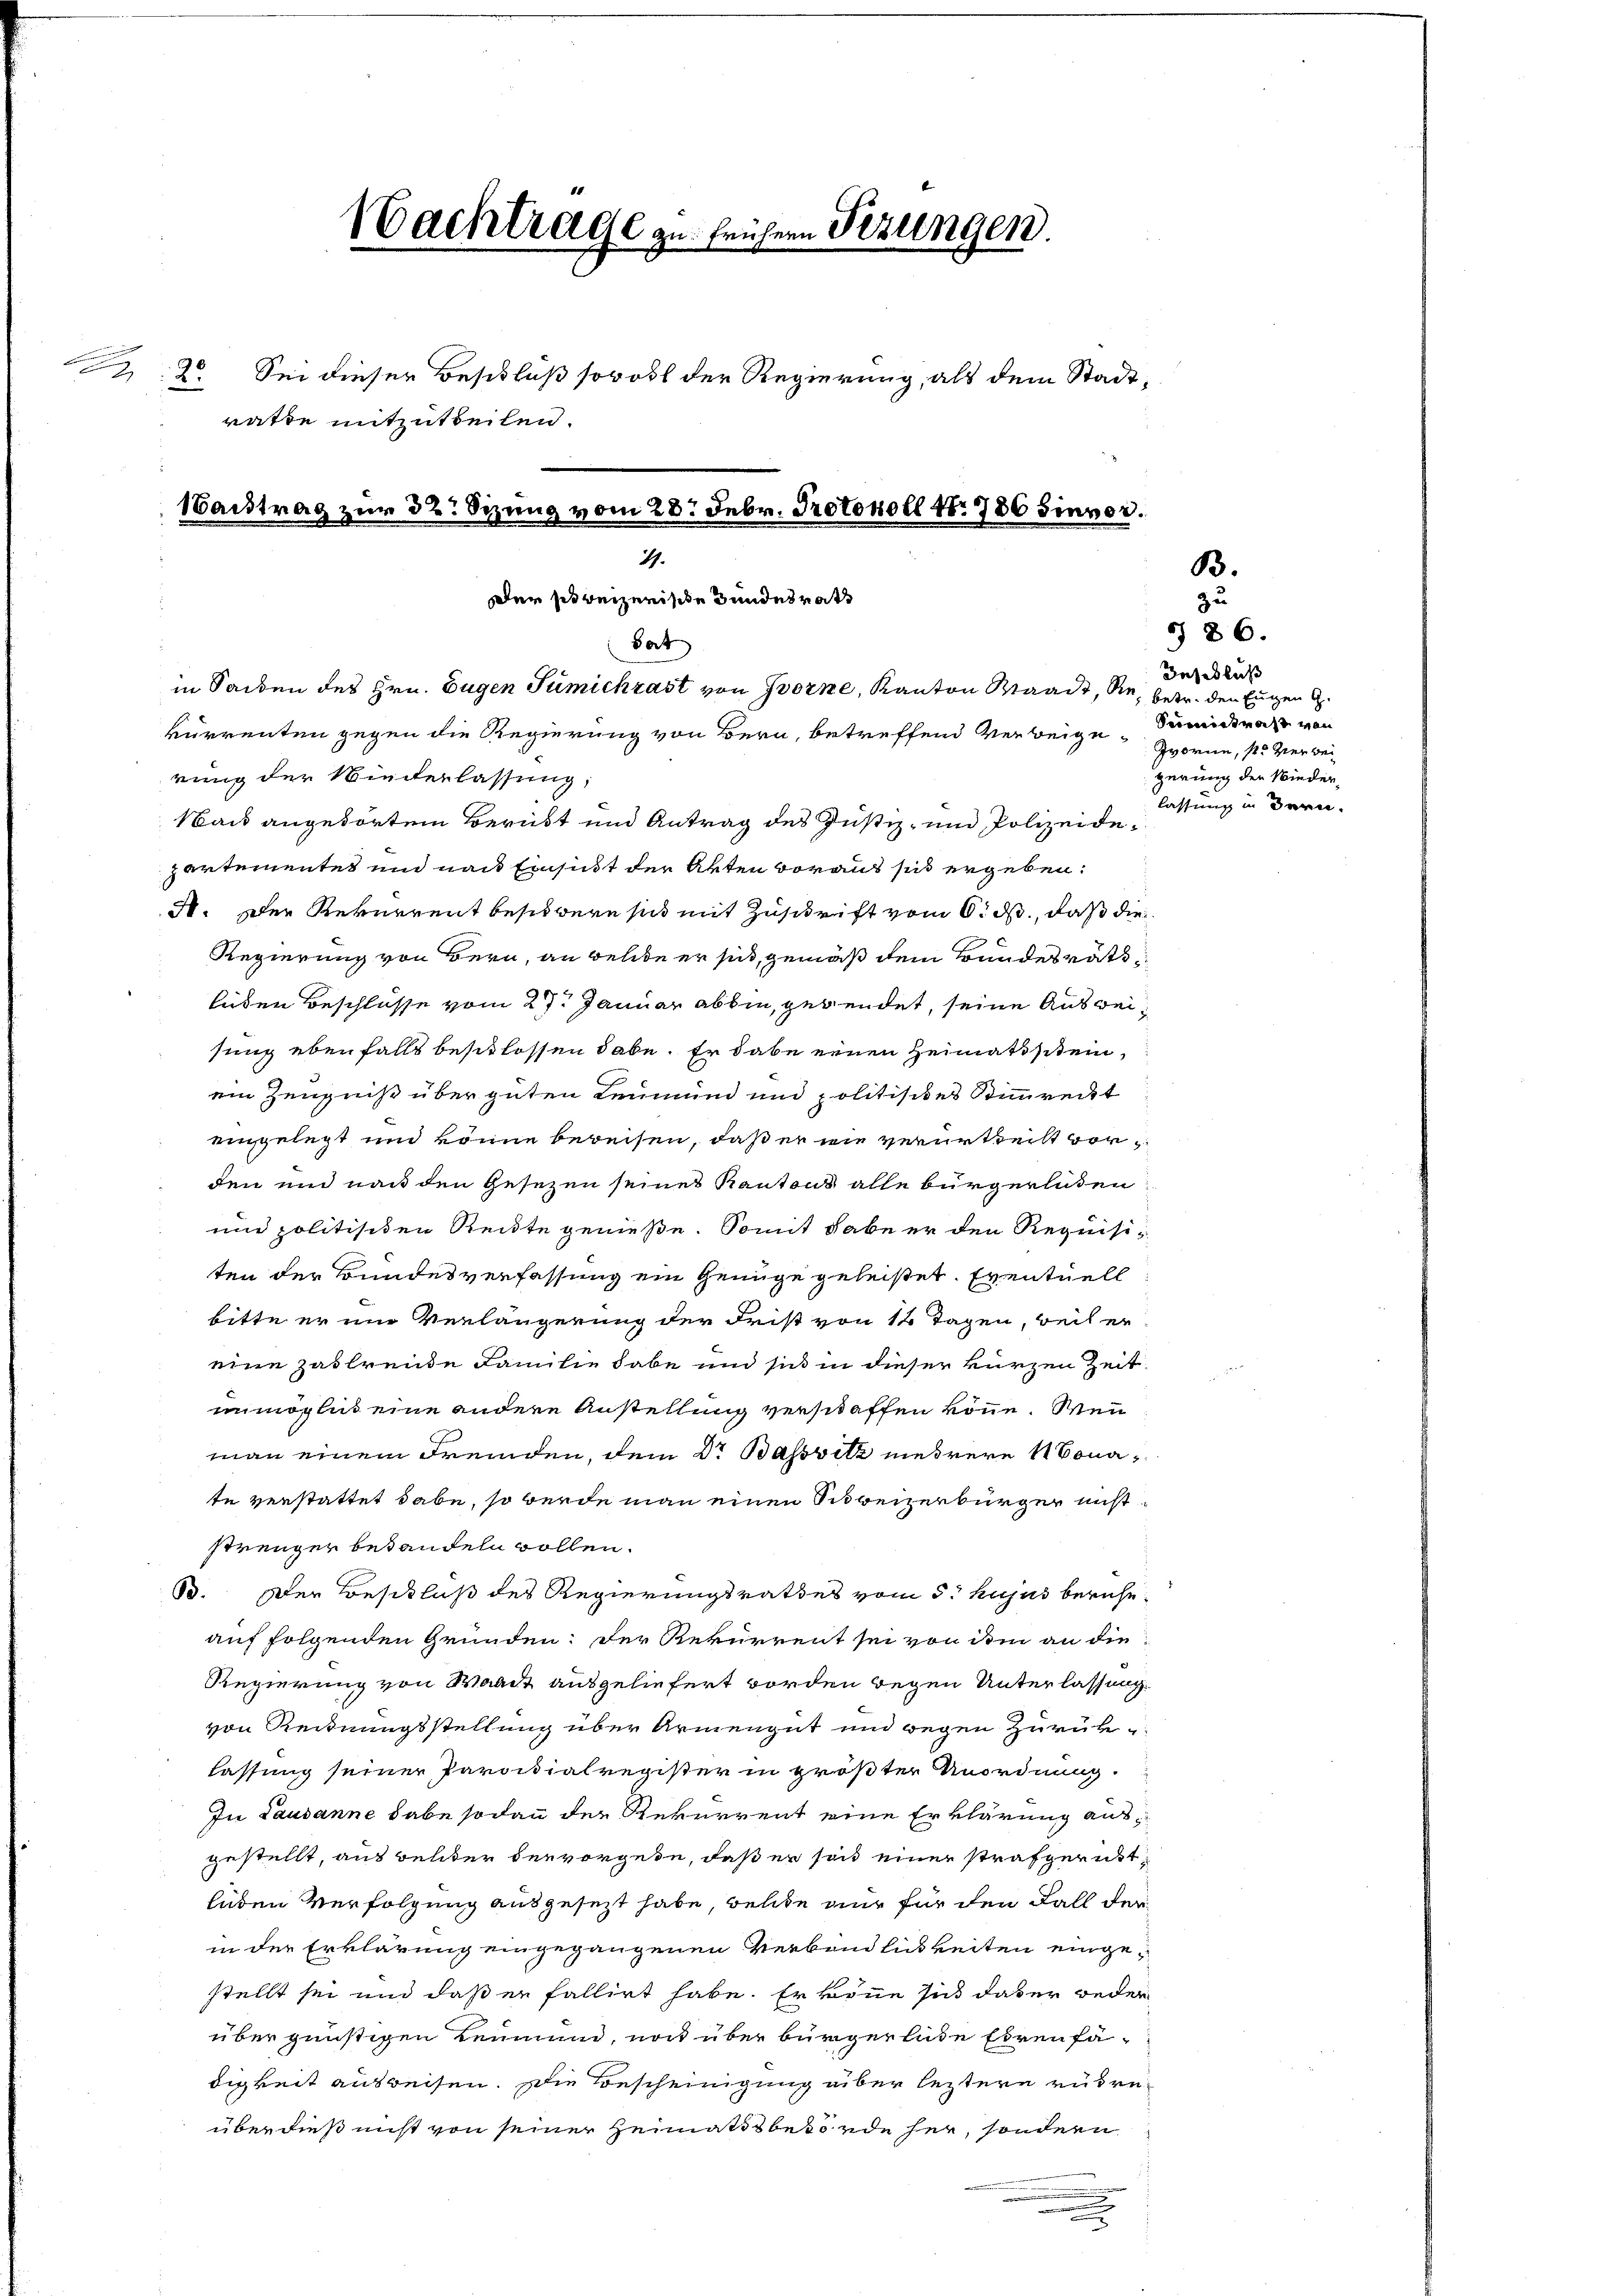
Nachtrage zu frühern Pizungen.
: 2. Sei dieser Beschluß sowohl der Regierung, als dem Stadtrathe mitzutheilen.
1antrag zur 32. Sizung vom 28. Febr. Protokoll No 786 Sinner.
49.
Der so reizerische Bundesrath
Sat
in Seiden des Hrn. Eugen Tümickrast von Horne, Kanton Waadt, die, betr. den Eugen G.
kurrenten gegen die Regierung von Bern, betreffend Verbeige, Simistraß von
rung der Wiederlassung;

Nack angeborten Berübt und Antrag des Justiz- und Polizeidepartementes und nach Einsicht der Akten voraus sit ergeben:
3. Der Rekurrent besitzern sich mit Zuschrift vom 6. ds., daß die
Regierung von Bern, an belide er sich, gemäß dem Bundesratsleiden Beschlüsse vom 27. Januar abbin, gegendet, seine Ausweisung ebenfalls beschlossen habe. Er dabe einen Heimatistein,
ein Zeugniß über guten Leumund und politisites Stimmrect
eingelegt und könne bereisen, daß er wie verurtheilt vorden und nach den Gesezen seines Kantons alle bürgerladen
un politisiten Reite genieße. Somit habe er den Requisiten der Bundesverfassung ein Genüge geleistet. Eventuell
bitte er im Verlängerung der Frist von 14 Tagen, weil er
eine zahrende Familie habe und sich in dieser kurzen Zeit
unmöglich eine andere Anstellung verschaffen könne. Wenn
man einem Fremden, dem Dr. Bassvitz mehrere Monate verstattet habe, so werde man einen Schweizerbürger nicht
strenger betandeln wollen.
B. Der Beschluß des Regierungsrathes vom 5. hujus beruheauf folgenden Gründen: Der Rekurrent sei von ihm an die
Regierung von Waadt ausgeliefert worden wegen Unterlassung.
von Rechnungsstellung über Armengut und wegen Zurück-
lassung seiner Paroisialregister in größter Unordnung.
In Lausanne habe sodann der Rekurrent eine Erklärung ausgestellt, aus beliber der vorgebe, daß er sind einer strafgerichtleben Verfolgung ausgesezt habe, welche nur für den Fall der
in der Erklärung eingegangenen Verbindlichkeiten eingestellt sei und daß er fallirt habe. Er könne sich daber weder
über günstigen Leumund, noch über bürgerliche Ehrenfädigkeit ausreisen. Die Bescheinigung über leztere rühreüberdieß nicht von seiner Heimatsbehörde her, sondern

.

86.
Inschluß
Zvorne, so verbei
gerung der Niederlassung in Bern.